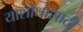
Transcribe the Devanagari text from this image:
याशोधासाठी